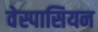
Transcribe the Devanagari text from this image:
वेस्पासियन